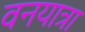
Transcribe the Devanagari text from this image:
वनयात्रा